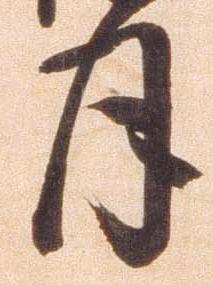
月